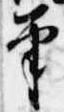
筆